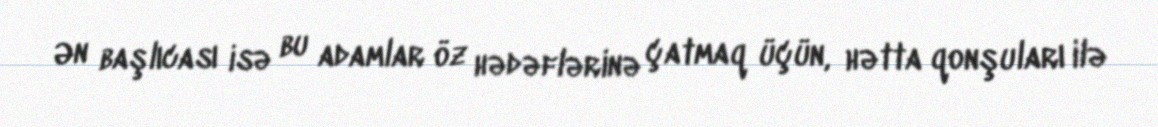
Ən başlıcası isə bu adamlar öz hədəflərinə çatmaq üçün, hətta qonşuları ilə